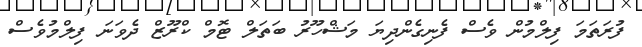
ފުރަތަމަ ފިލްމުން ވެސް ފެނިގެންދިޔަ މަޝްހޫރު ބަތަލް ޓޮމް ކްރޫޒް ދެވަނަ ފިލްމުވެސް